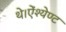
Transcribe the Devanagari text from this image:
थे।ऐंश्येण्ट